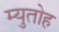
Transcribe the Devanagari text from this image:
म्युतोह